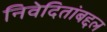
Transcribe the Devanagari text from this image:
निवेदितांबद्दल